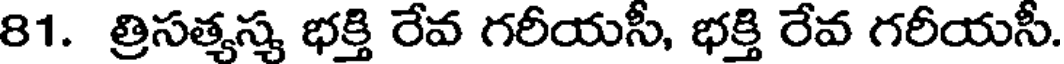
81. త్రిసత్యస్య భక్తి రేవ గరీయసీ, భక్తి రేవ గరీయసీ